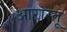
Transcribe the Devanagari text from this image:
आरास्तू